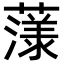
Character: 𮑲